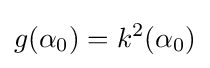
g(\alpha _{0})=k^{2}(\alpha _{0})